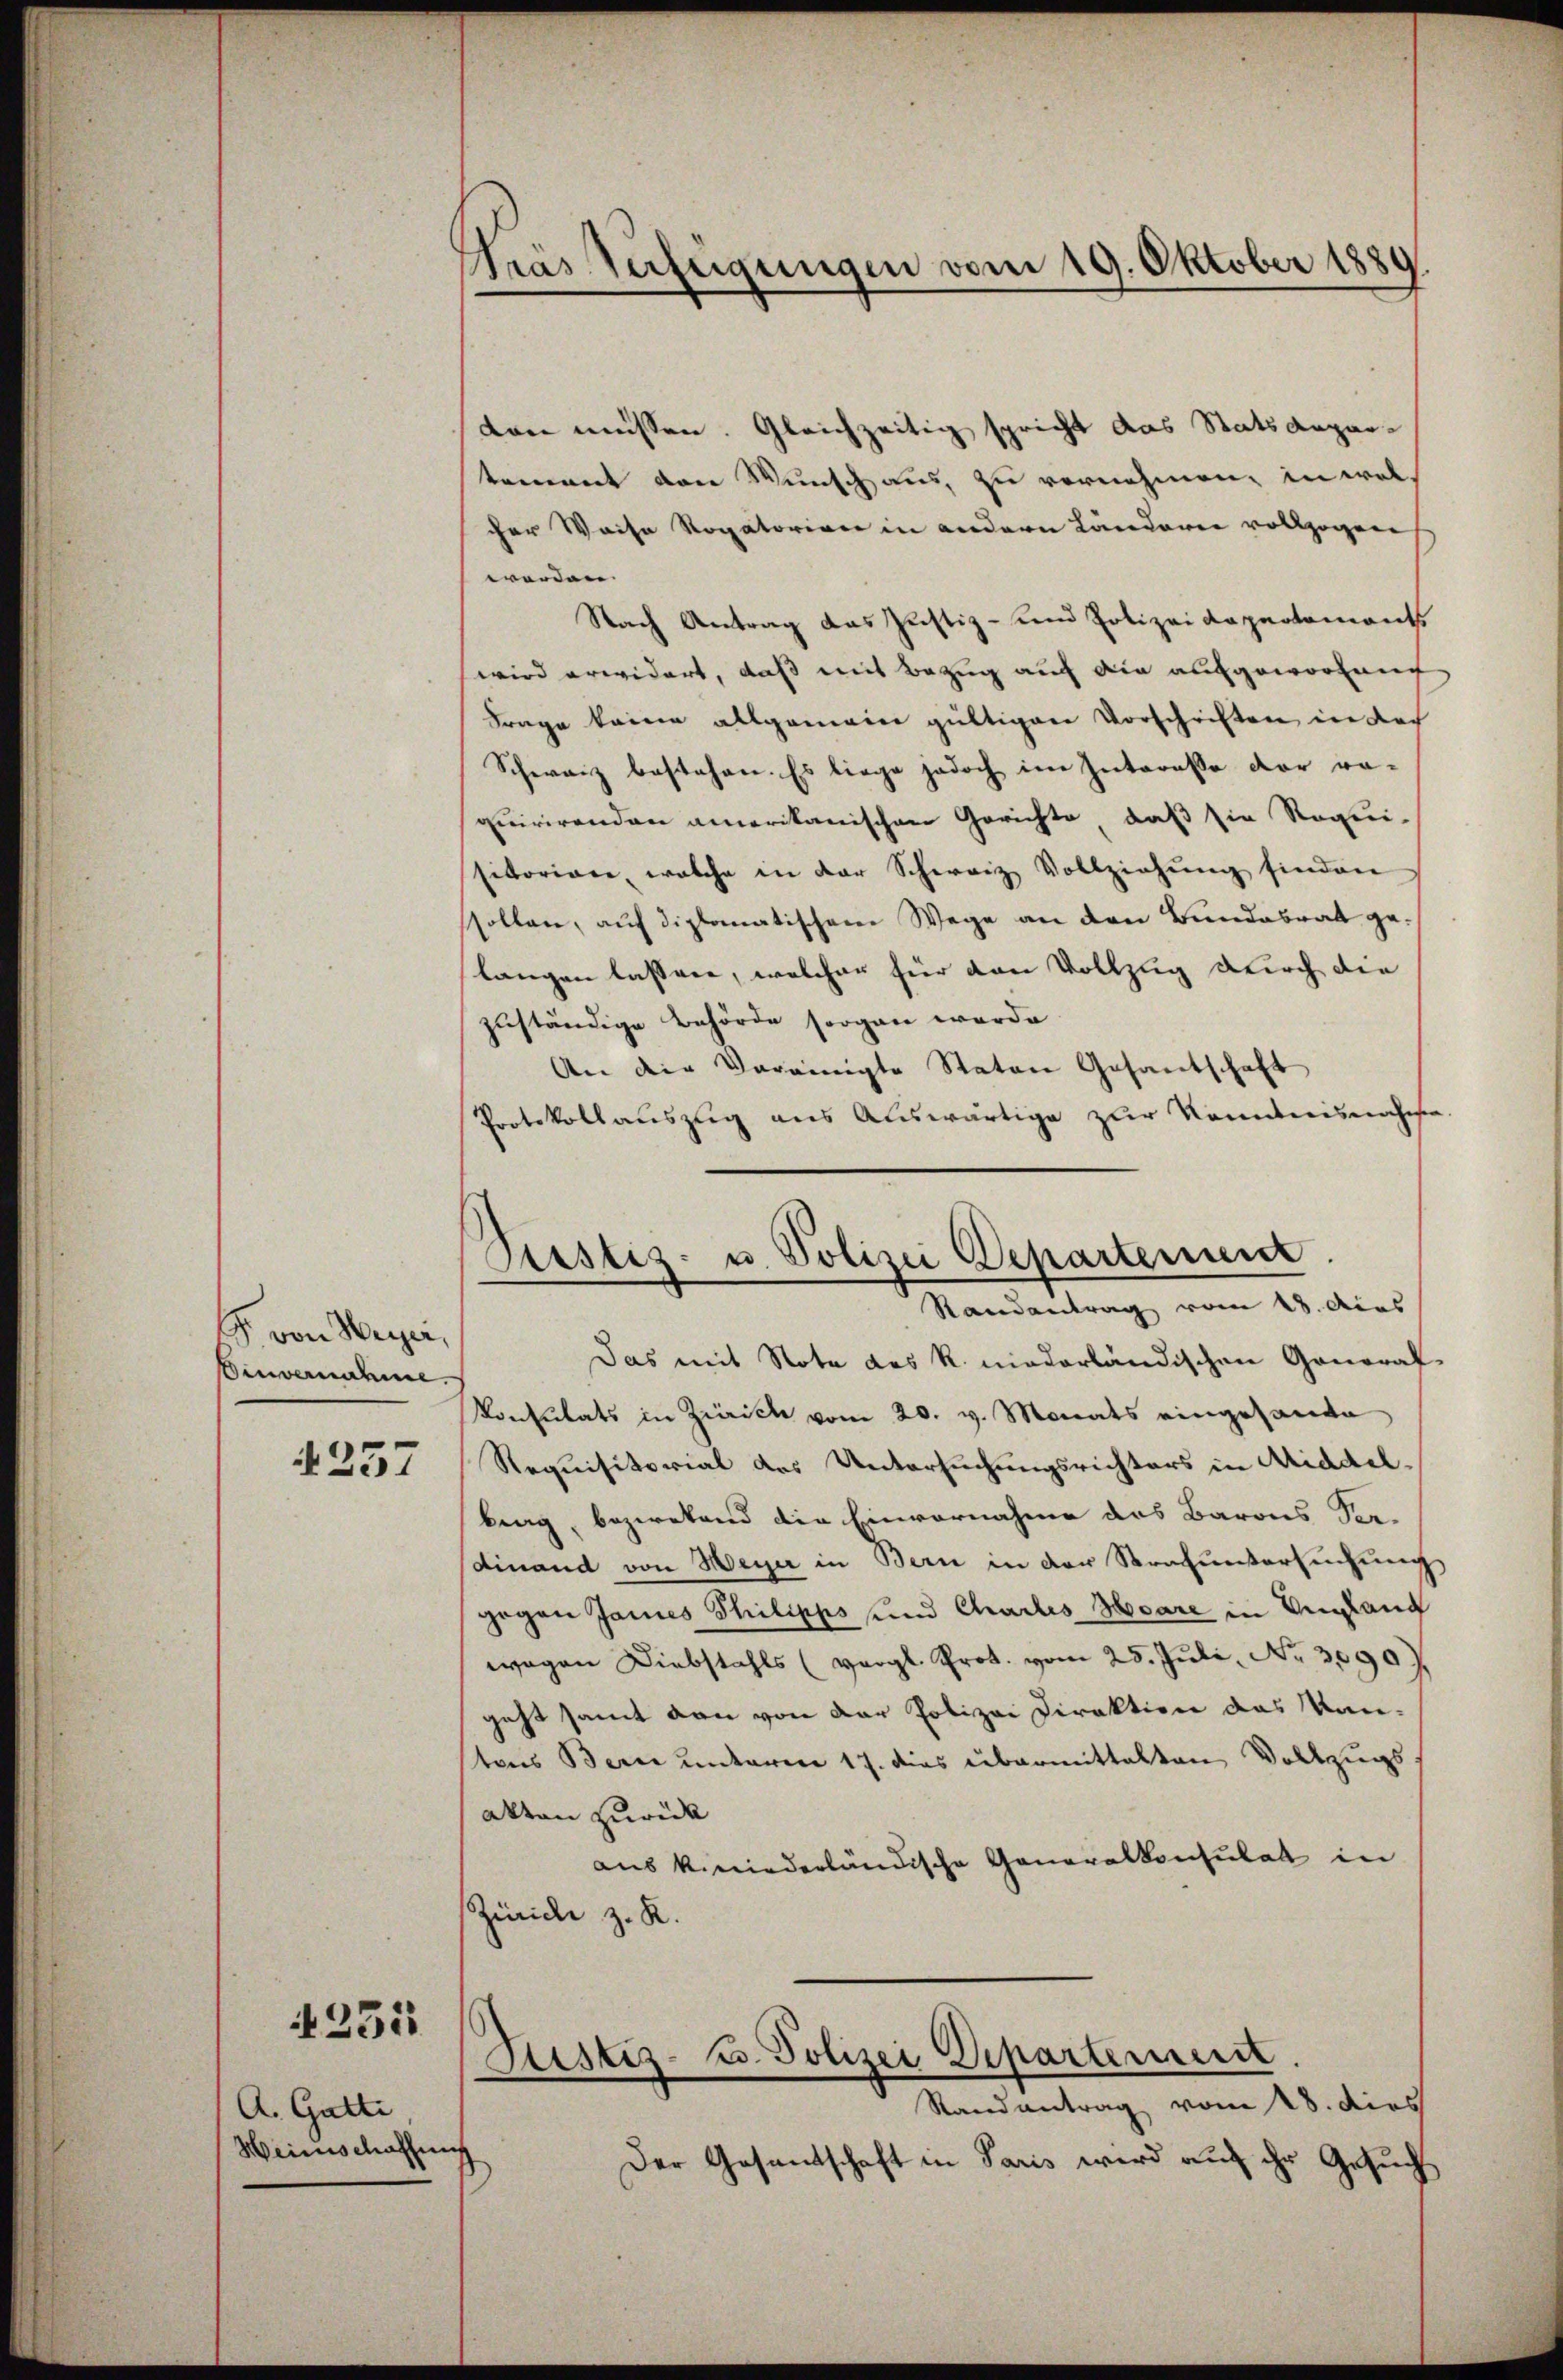
G. von Weyer,
Binvernahme.

4257

231

A. Gatti
Weinschaffen

Gras Verfügungen vom 19. Oktober 1889

den müssen. Gleichzeitig spricht das Statsdepartement den Wunsch aus, zu vornehmen, in welcher Weise Rogatoriren in andern Länderer vollzogene
werden.
Nach Antrag das Justiz- und Polizei Dapartements
wird erwidert, daß mit Bezug auf die aufgeworfen
Frage keine allgemein gültigen Vorschriften in doch
Schwarz bestehen. Es liege jedoch im Interesse der requirirenden amerikanischen Gerichte, daß sie Requi-
sitorian, welche in der Schweiz Vollziehŭng finden
ssollen, auf diplomatischem Wege an den Bundesrat gelangen lassene, welcher für van Vollzug durch die
zuständige Behörde sorgan werde
An die Vereinigte Staten Gesandschaft
Protokollauszug aus Auswärtige zur Kenntnisnahme
Das mit Note des R. niederländischen Gonoraf
Konsulats in Zürich vom 20. v. Monats eingesante
Requisitorial des Untersuchungsrichters in Middelbrag, bezwekend die Einvernahme des Barons Verdinand von Meyer in Bern in der Strafuntersuchung
gegen James Thilipps und Charlis Haare in Ungland
wagen Diebstahls (vergl. Prot. vom 25. Juli, Nr. 30907.
geht samt von von der Polizei Direktion das Kan-
tons Berne unterm 17. dies übermittalten Vollzugs
akten zurück
aus kniederländische Generalkonsulat in
Zürich z. R.
Justiz- u. Polizei Departement
Randantrag vom 28. dies
Der Gesandtschaft in Paris wird auf ihr Gesuch

Piustiz- u. Polizei Departement.
Randantrag vom 13. Aus